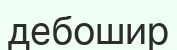
дебошир